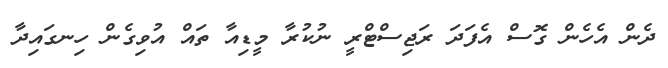
ދެން އެހެން ގޮސް އެފަދަ ރަޖިސްޓްރީ ނުކުރާ މީޑިއާ ތައް އުވިގެން ހިނގައިދާ